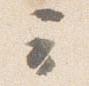
云